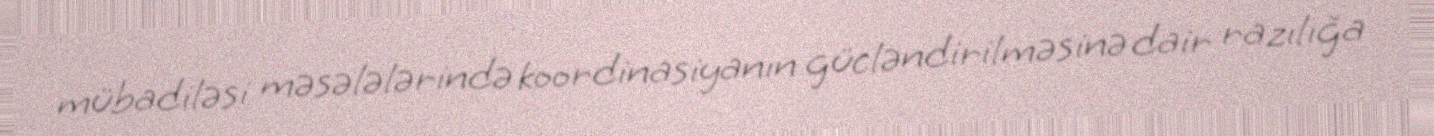
mübadiləsi məsələlərində koordinasiyanın gücləndirilməsinə dair razılığa